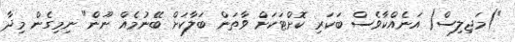
")މަޖިލިސް( އަނެއްކާވެސް ބަކަރި ކޮށްޓަކަށް ވާތަން ބަލާކަށް ބޭނުމެއް ނޫން" ނިމިގެން މިދާ